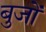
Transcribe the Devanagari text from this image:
बुजों